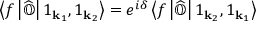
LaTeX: \left\langle f \left| { \widehat { \mathbb { O } } } \right| 1 _ { \mathbf { k } _ { 1 } } , 1 _ { \mathbf { k } _ { 2 } } \right\rangle = e ^ { i \delta } \left\langle f \left| { \widehat { \mathbb { O } } } \right| 1 _ { \mathbf { k } _ { 2 } } , 1 _ { \mathbf { k } _ { 1 } } \right\rangle